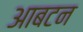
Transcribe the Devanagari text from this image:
आबटन